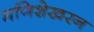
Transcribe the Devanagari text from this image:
मणिशेखरन